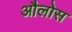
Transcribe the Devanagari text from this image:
औलोस